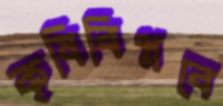
কৃষিবিপ্লবে